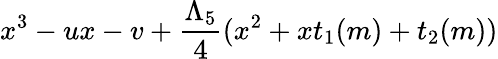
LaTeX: x^{3}-ux-v+{\frac{\Lambda_{5}}{4}}(x^{2}+xt_{1}(m)+t_{2}(m))